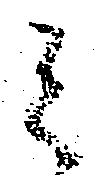
之